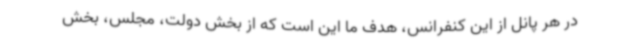
در هر پانل از این کنفرانس، هدف ما این است که از بخش‌ دولت، مجلس، بخش